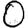
Digit: 0